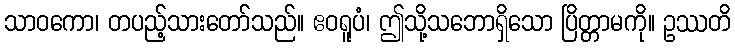
သာဝကော၊ တပည့်သားတော်သည်။ ဧဝရူပံ၊ ဤသို့သဘောရှိသော ပြိတ္တာမကို။ ဥဿတိ